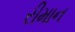
રીમાન